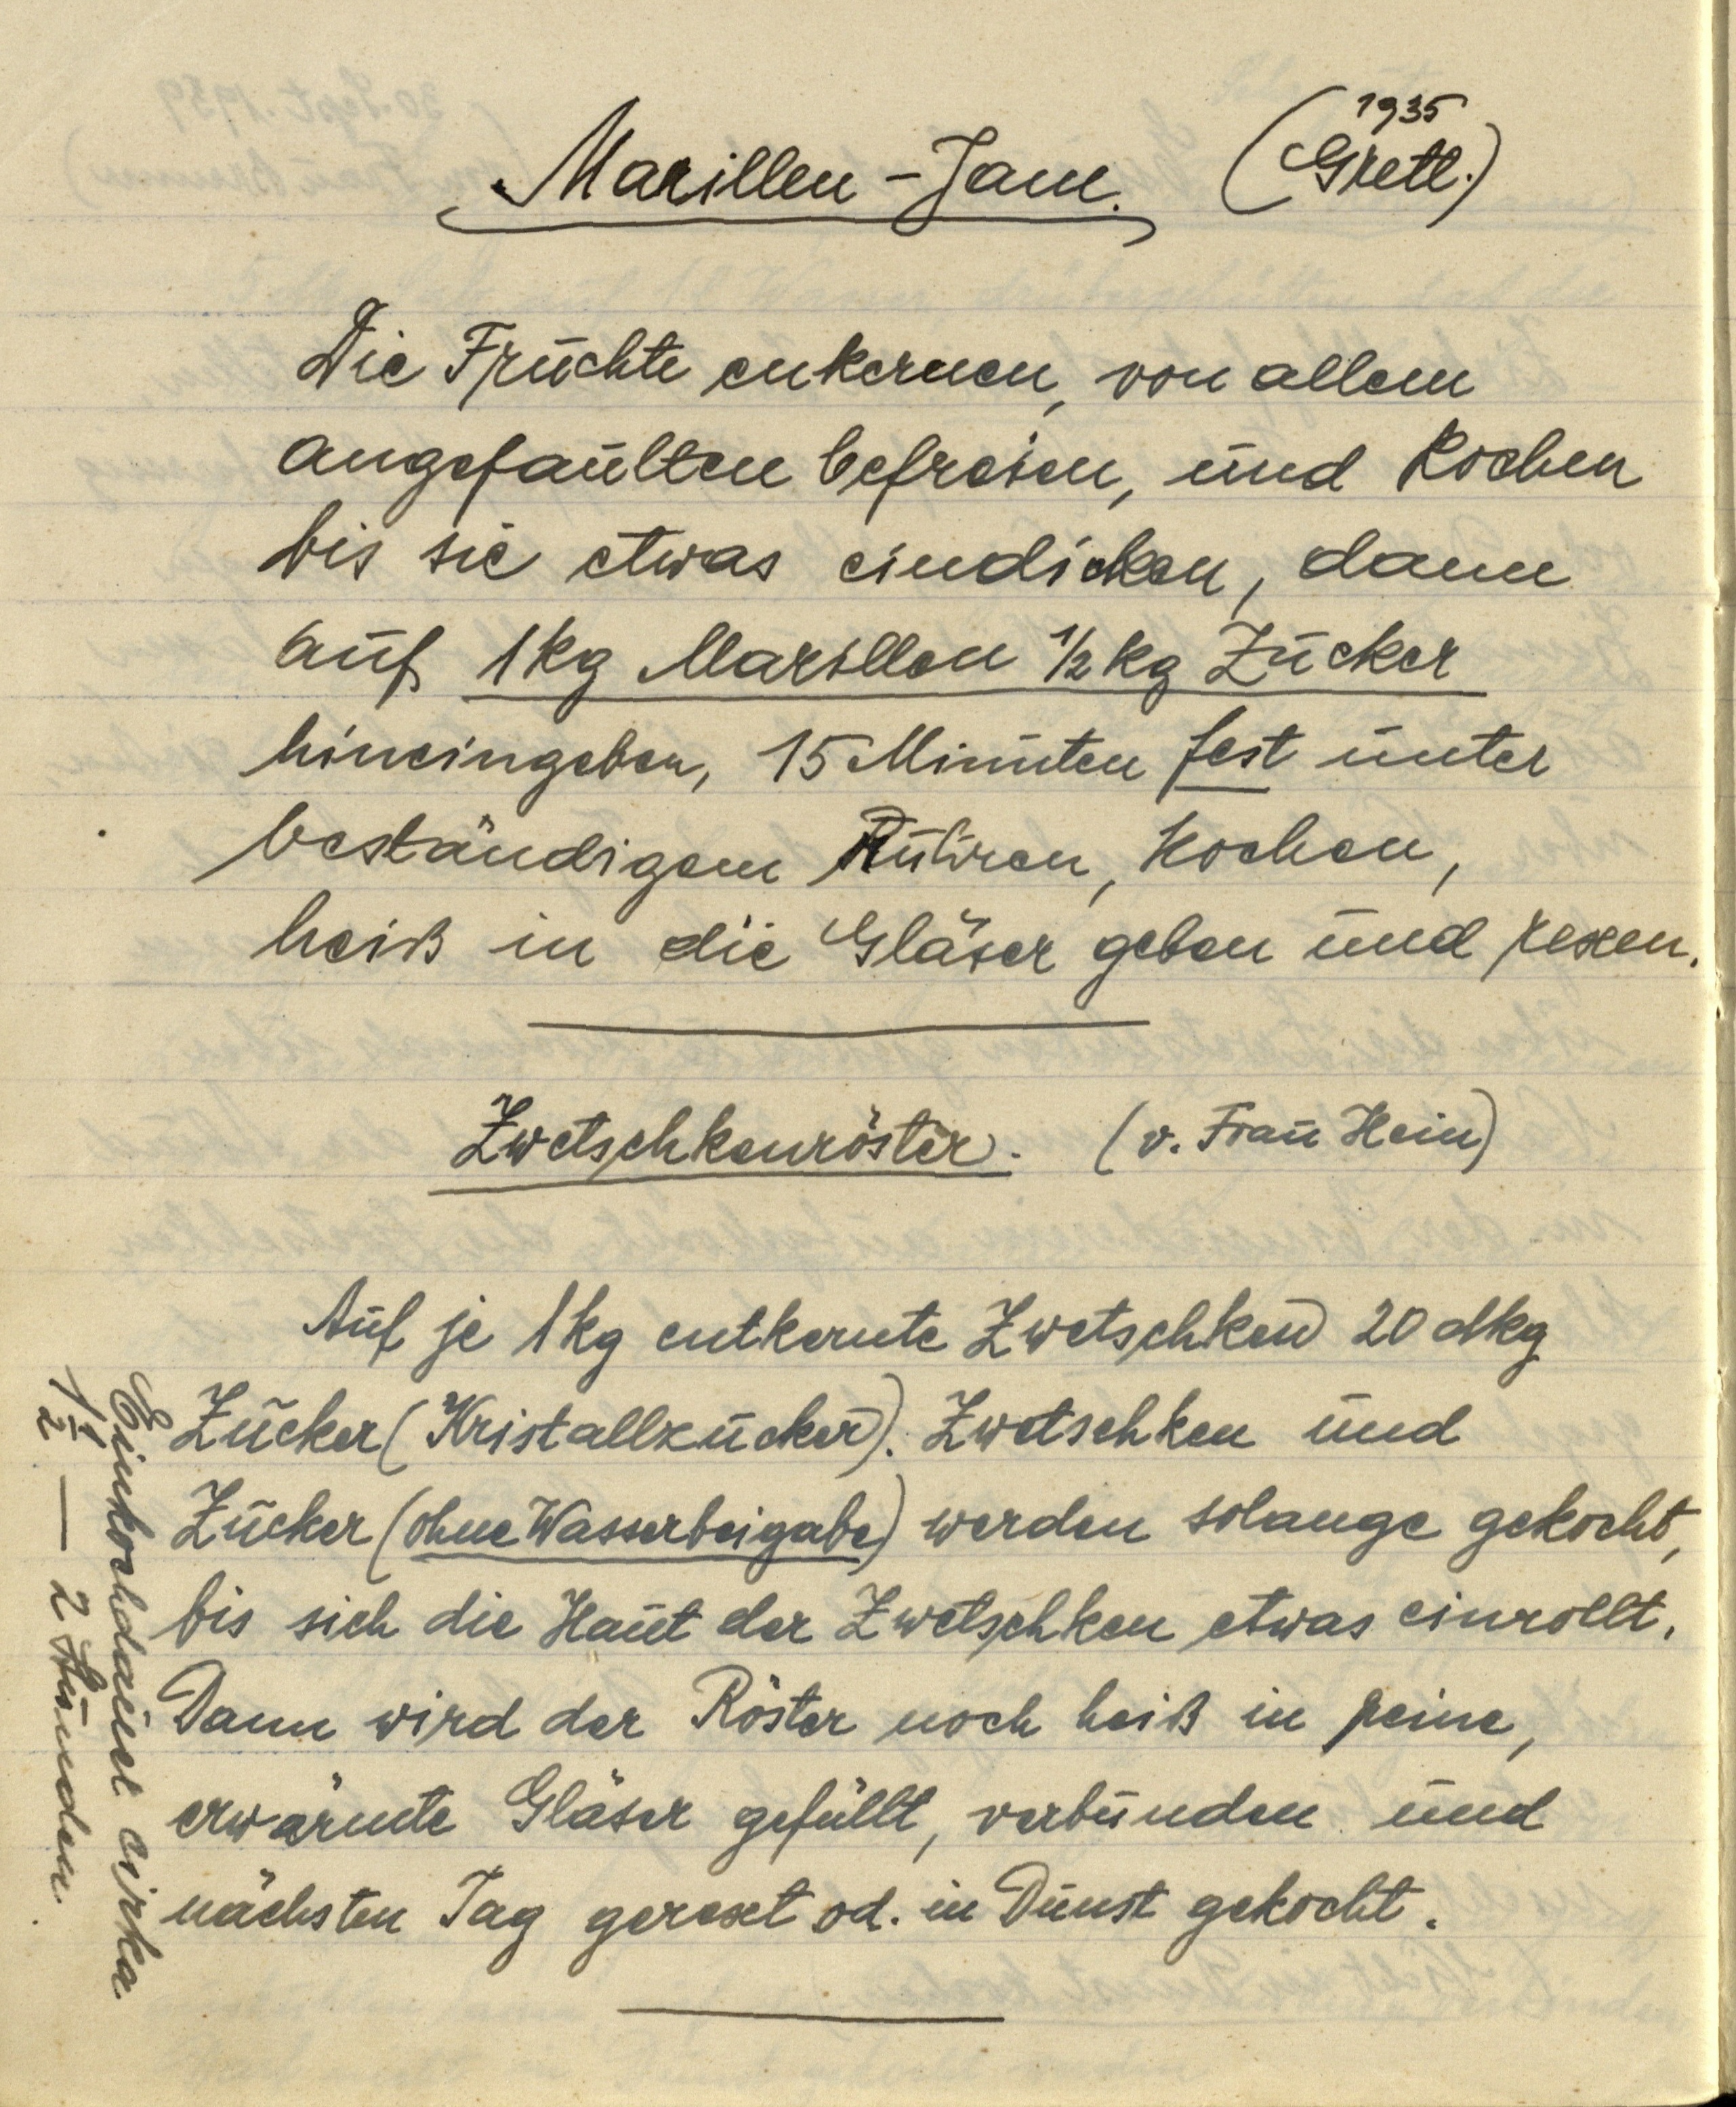
Marillen-Jam.
(1935
Gretl.)
Die Früchte entkernen, von allem
angefaulten befreien, und kochen
bis sie etwas eindicken, dann
auf 1 kg Marillen ½ kg Zucker
hineingeben, 15 Minuten fest unter
beständigem Rühren, kochen,
heiß in die Gläser geben und rexen.

Zwetschkenröster. (v. Frau Hein)
Auf je 1 kg entkernte Zwetschken 20 dkg
Zucker (Kristallzucker). Zwetschken und
Zucker (ohne Wasserbeigabe) werden solange gekocht,
bis sich die Haut der Zwetschken etwas einrollt.
Dann wird der Röster noch heiß in reine,
erwärmte Gläser gefüllt, verbunden und
nächsten Tag gerext od. in Dunst gekocht.
Einkochdauer cirka
1½ — 2 Stunden